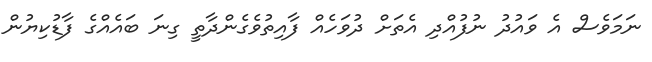
ނަމަވެސް އެ ވައުދު ނުފުއްދި އެތަށް ދުވަހެއް ފާއިތުވެގެންދާތީ ގިނަ ބައެއްގެ ފާޑުކިޔުން